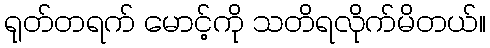
ရုတ်တရက် မောင့်ကို သတိရလိုက်မိတယ်။